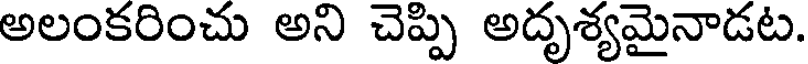
అలంకరించు అని చెప్పి అదృశ్యమైనాడట.